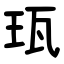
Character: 珁